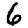
Digit: 6